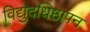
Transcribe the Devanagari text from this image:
विद्युदधिष्ठापन